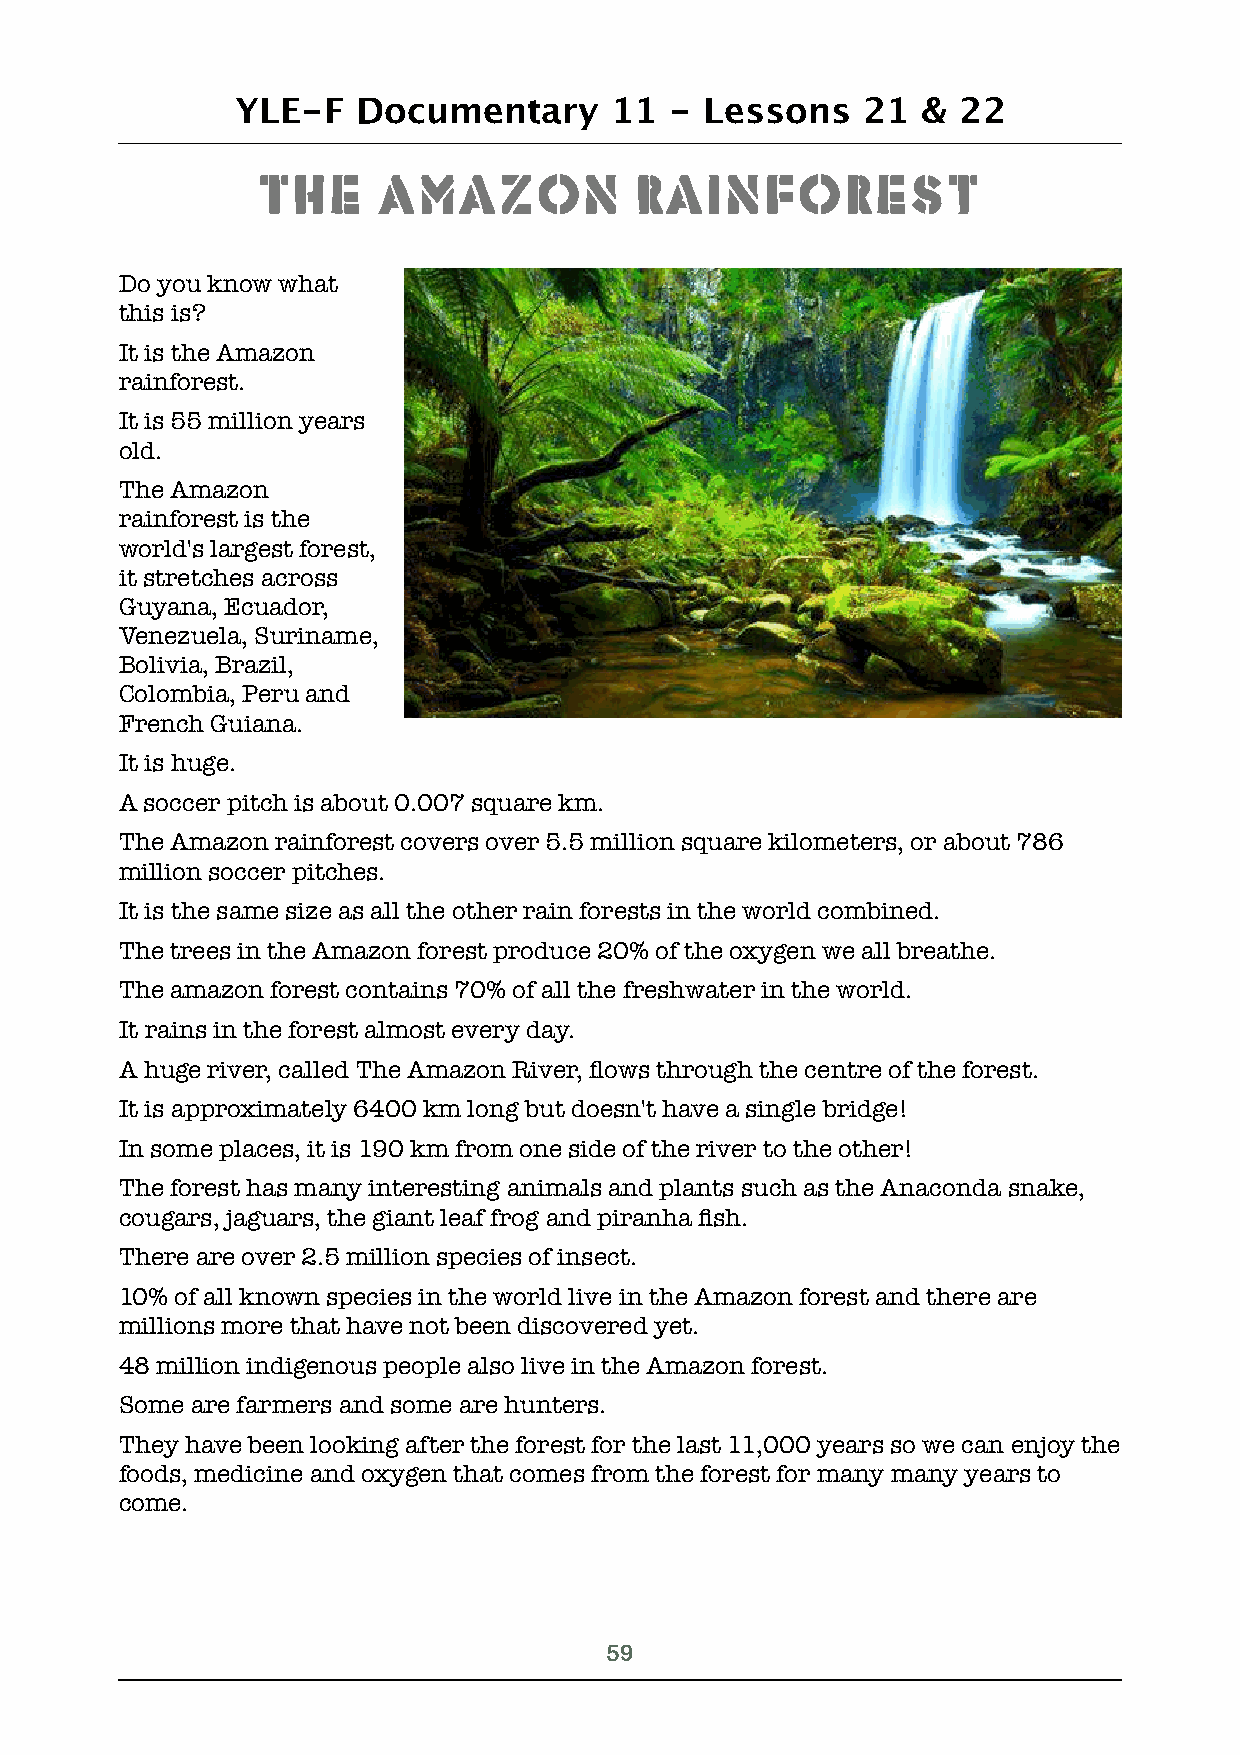
YLE-F   Documentary     11  -  Lessons   21  & 22
 The     Amazon           Rainforest
 Do you know what
 this is?
 It is the Amazon
 rainforest.
 It is 55 million years
 old.
 The Amazon
 rainforest is the
 world's largest forest,
 it stretches across
 Guyana, Ecuador,
 Venezuela, Suriname,
 Bolivia, Brazil,
 Colombia, Peru and
 French Guiana.
 It is huge.
 A soccer pitch is about 0.007 square km.
 The Amazon rainforest covers over 5.5 million square kilometers, or about 786
 million soccer pitches.
 It is the same size as all the other rain forests in the world combined.
 The trees in the Amazon forest produce 20% of the oxygen we all breathe.
 The amazon forest contains 70% of all the freshwater in the world.
 It rains in the forest almost every day.
 A huge river, called The Amazon River, flows through the centre of the forest.
 It is approximately 6400 km long but doesn't have a single bridge!
 In some places, it is 190 km from one side of the river to the other!
 The forest has many interesting animals and plants such as the Anaconda snake,
 cougars, jaguars, the giant leaf frog and piranha fish.
 There are over 2.5 million species of insect.
 10% of all known species in the world live in the Amazon forest and there are
 millions more that have not been discovered yet.
 48 million indigenous people also live in the Amazon forest.
 Some are farmers and some are hunters.
 They have been looking after the forest for the last 11,000 years so we can enjoy the
 foods, medicine and oxygen that comes from the forest for many many years to
 come.
 !59